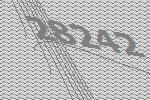
28242